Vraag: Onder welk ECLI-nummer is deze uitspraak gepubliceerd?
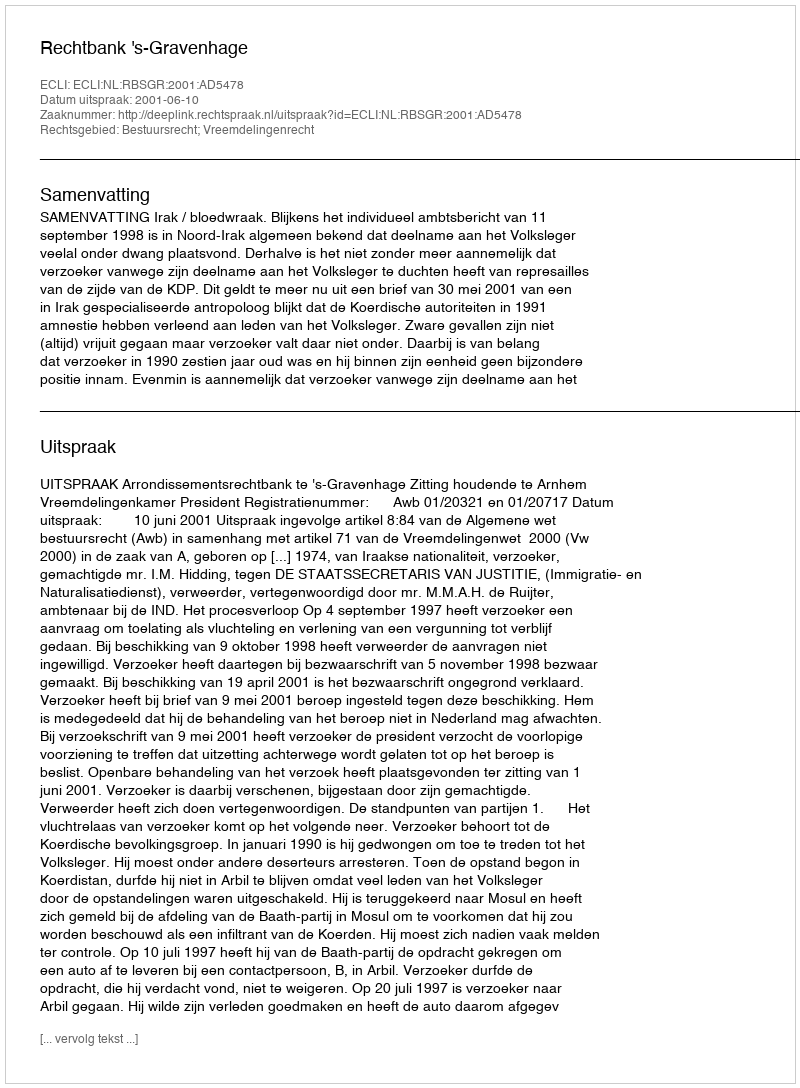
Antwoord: ECLI:NL:RBSGR:2001:AD5478